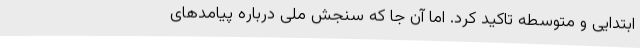
ابتدایی و متوسطه تاکید کرد. اما آن جا که سنجش ملی درباره پیامدهای